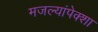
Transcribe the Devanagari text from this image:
मजल्यांपेक्शा